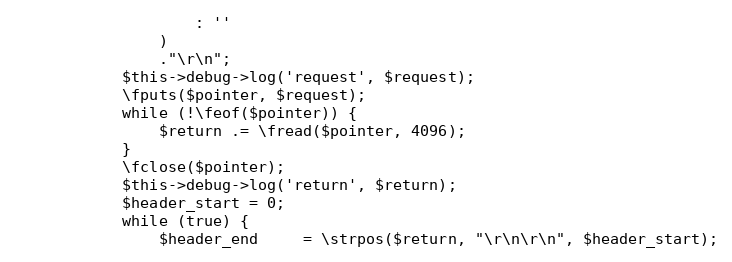
Language: PHP
                    : ''
                )
                ."\r\n";
            $this->debug->log('request', $request);
            \fputs($pointer, $request);
            while (!\feof($pointer)) {
                $return .= \fread($pointer, 4096);
            }
            \fclose($pointer);
            $this->debug->log('return', $return);
            $header_start = 0;
            while (true) {
                $header_end     = \strpos($return, "\r\n\r\n", $header_start);